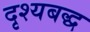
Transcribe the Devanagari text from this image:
दृश्यबद्ध